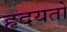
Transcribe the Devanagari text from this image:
हृदयतो